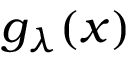
g _ { \lambda } ( x )